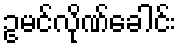
ဥမင်လိုဏ်ခေါင်း